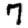
Digit: 7